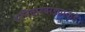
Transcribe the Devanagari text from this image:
शनिवारवाड्याकडे